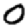
Digit: 0